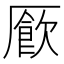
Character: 𫨜